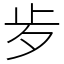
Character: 㱑